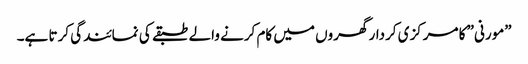
”مورنی” کا مرکزی کردار گھروں میں کام کرنے والے طبقے کی نمائندگی کرتا ہے۔